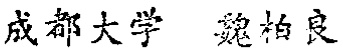
成都大学 魏柏良